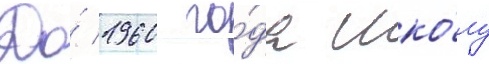
До́ 1960 го́да шко́лу